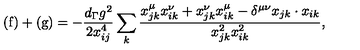
\mathrm { ( f ) } + \mathrm { ( g ) } = - \frac { d _ { \Gamma } g ^ { 2 } } { 2 x _ { i j } ^ { 4 } } \sum _ { k } \frac { x _ { j k } ^ { \mu } x _ { i k } ^ { \nu } + x _ { j k } ^ { \nu } x _ { i k } ^ { \mu } - \delta ^ { \mu \nu } x _ { j k } \cdot x _ { i k } } { x _ { j k } ^ { 2 } x _ { i k } ^ { 2 } } ,